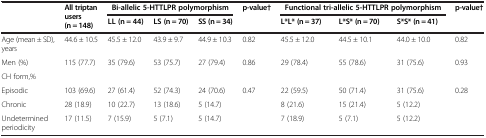
<table><thead><tr><td><b> </b></td><td rowspan="2"><b>All triptan users (n = 148)</b></td><td colspan="3"><b>Bi-allelic 5-HTTLPR polymorphism</b></td><td rowspan="2"><b>p-value†</b></td><td colspan="3"><b>Functional tri-allelic 5-HTTLPR polymorphism</b></td><td rowspan="2"><b>p-value†</b></td></tr><tr><td><b> </b></td><td><b>LL (n = 44)</b></td><td><b>LS (n = 70)</b></td><td><b>SS (n = 34)</b></td><td><b>L*L* (n = 37)</b></td><td><b>L*S* (n = 70)</b></td><td><b>S*S* (n = 41)</b></td></tr></thead><tbody><tr><td>Age (mean ± SD), years</td><td>44.6 ± 10.5</td><td>45.5 ± 12.0</td><td>43.9 ± 9.7</td><td>44.9 ± 10.3</td><td>0.82</td><td>45.5 ± 12.0</td><td>44.5 ± 10.1</td><td>44.0 ± 10.0</td><td>0.82</td></tr><tr><td>Men (%)</td><td>115 (77.7)</td><td>35 (79.6)</td><td>53 (75.7)</td><td>27 (79.4)</td><td>0.86</td><td>29 (78.4)</td><td>55 (78.6)</td><td>31 (75.6)</td><td>0.93</td></tr><tr><td>CH form,%</td><td> </td><td> </td><td> </td><td> </td><td> </td><td> </td><td> </td><td> </td><td> </td></tr><tr><td>Episodic</td><td>103 (69.6)</td><td>27 (61.4)</td><td>52 (74.3)</td><td>24 (70.6)</td><td>0.47</td><td>22 (59.5)</td><td>50 (71.4)</td><td>31 (75.6)</td><td>0.28</td></tr><tr><td>Chronic</td><td>28 (18.9)</td><td>10 (22.7)</td><td>13 (18.6)</td><td>5 (14.7)</td><td> </td><td>8 (21.6)</td><td>15 (21.4)</td><td>5 (12.2)</td><td> </td></tr><tr><td>Undetermined periodicity</td><td>17 (11.5)</td><td>7 (15.9)</td><td>5 (7.1)</td><td>5 (14.7)</td><td> </td><td>7 (18.9)</td><td>5 (7.1)</td><td>5 (12.2)</td><td> </td></tr></tbody></table>